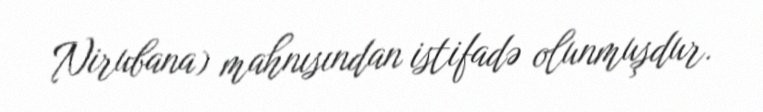
Nirubana) mahnısından istifadə olunmuşdur.